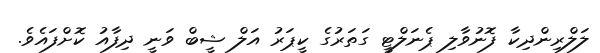
ލަލްރިންދިކާ ފޮނުވާލި ޕެނަލްޓީ ގަތަރުގެ ކީޕަރު އަލް ޝީބް ވަނީ ދިފާއު ކޮށްފައެވެ.